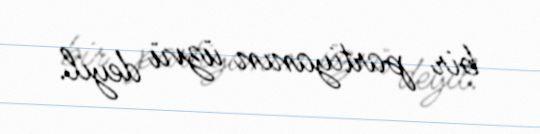
bir partiyanın üzvü deyil.